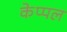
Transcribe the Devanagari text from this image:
केप्पल